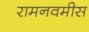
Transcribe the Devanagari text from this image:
रामनवमीस